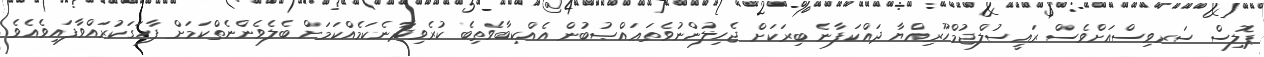
ޕޮލިސް ސަރވިސްއަށްވެސް ރައީސުލްޖުމްހޫރިއްޔާ ދައްކަފާނެ ބިރަކަށް ޖެހިލުންނުވެތަޢައްޞުބުން އެއްކިބާވެތިބެ ކުރެވިދާނެކަމެއްކަމަށް ބެލެވެންނެތްކަމަށް ފާހަގަކުރައްވާފައިވެއެވެ.